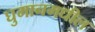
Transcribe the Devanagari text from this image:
घुमानमधील